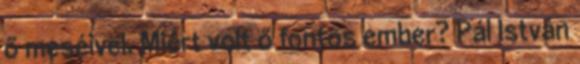
ő meséivel. Miért volt ő fontos ember? Pál István